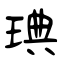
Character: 琠